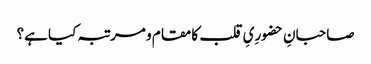
صاحبانِ حضورِیِ قلب کا مقام و مرتبہ کیا ہے؟